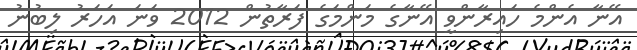
އޭނާ އެންމެ ހައިރާންވީ އޭނާގެ މަންމަގެ ފަރާތުން 2012 ވަނަ އަހަރު ލިބުނު